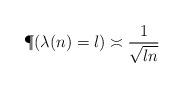
LaTeX: \begin{align*}\P(\lambda(n)=l)\asymp\frac1{\sqrt{ln}}\end{align*}